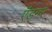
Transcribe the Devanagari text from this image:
ऍड्गर